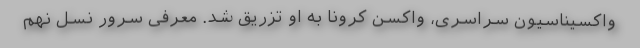
واکسیناسیون سراسری، واکسن کرونا به او تزریق شد. معرفی سرور نسل نهم